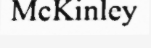
McKinley